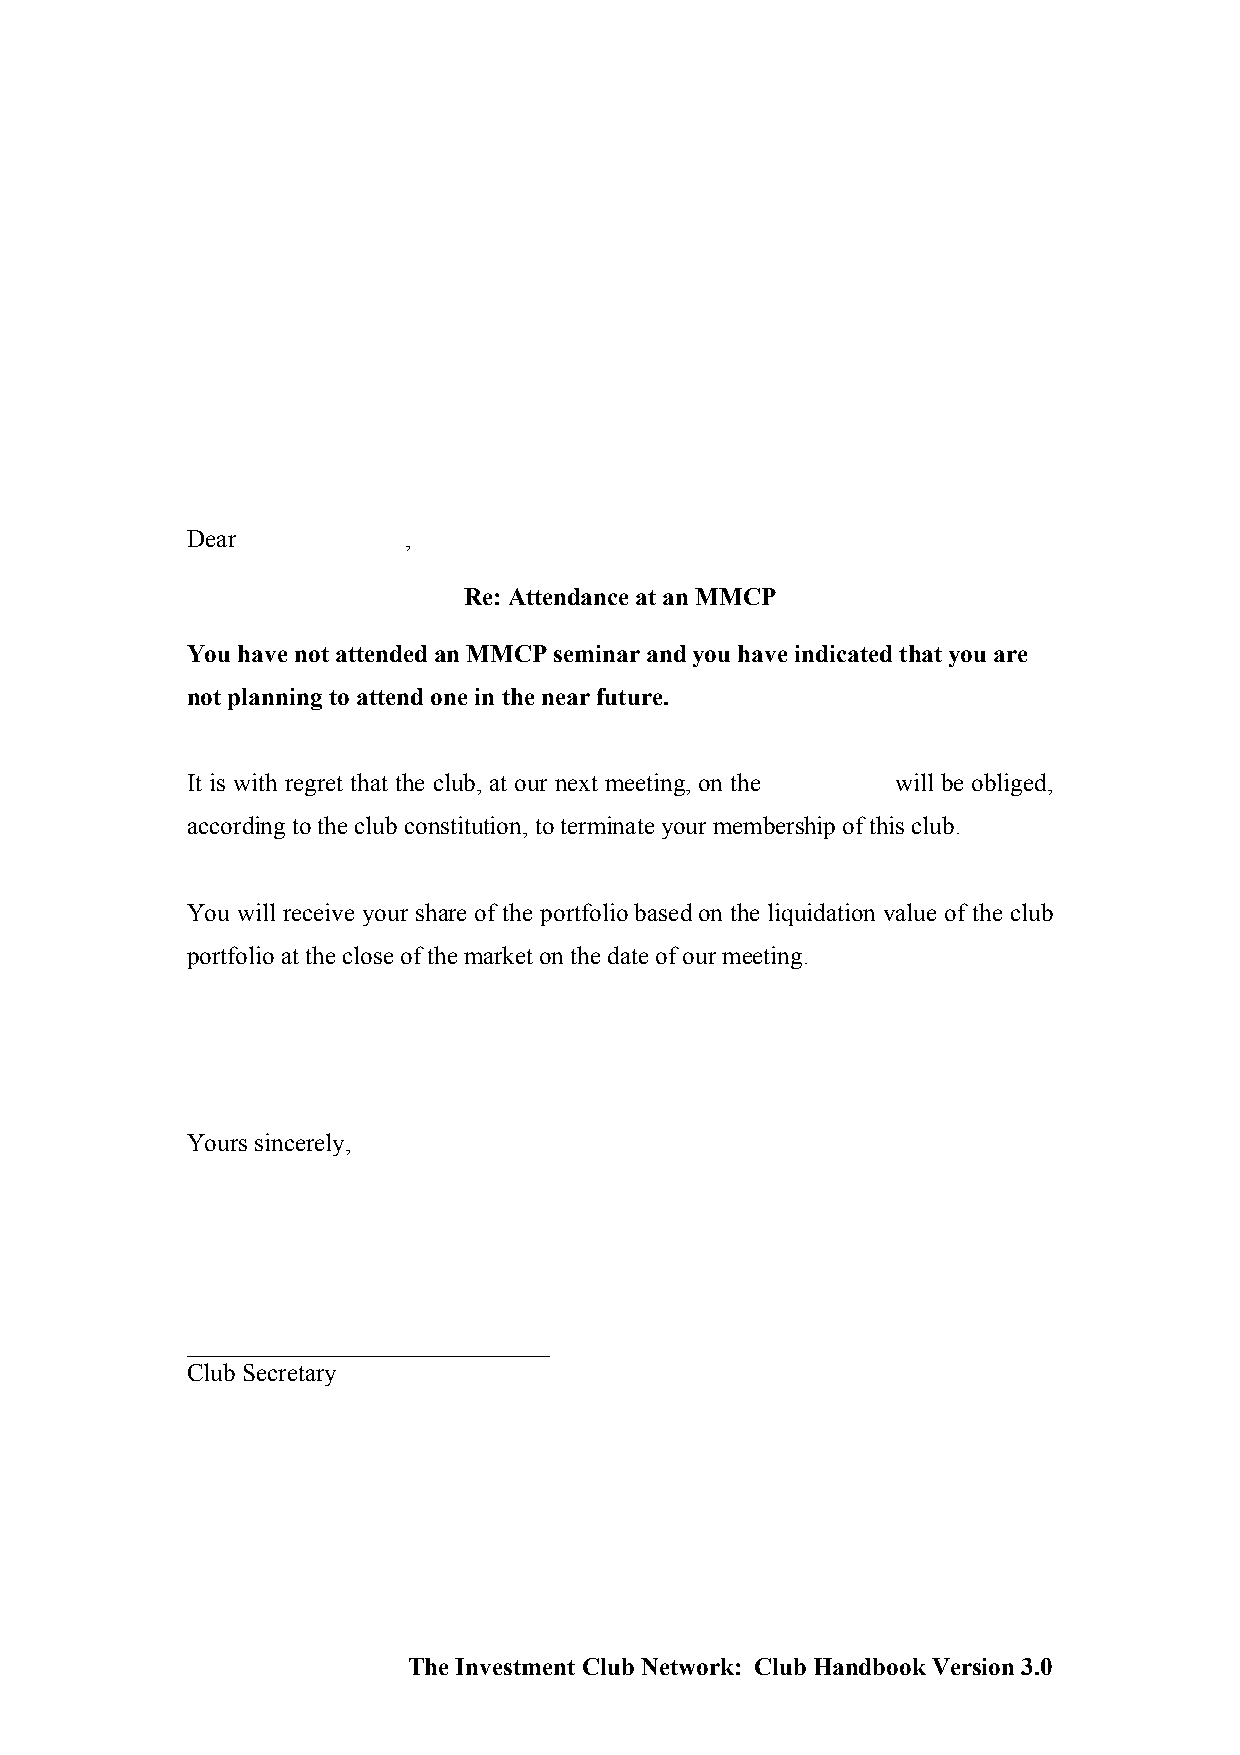
Dear           ,
 Re: Attendance at an MMCP
 You have not attended an MMCP seminar and you have indicated that you are
 not planning to attend one in the near future.
 It is with regret that the club, at our next meeting, on the will be obliged,
 according to the club constitution, to terminate your membership of this club.
 You will receive your share of the portfolio based on the liquidation value of the club
 portfolio at the close of the market on the date of our meeting.
 Yours sincerely,
 _____________________________
 Club Secretary
 The Investment Club Network: Club Handbook Version 3.0